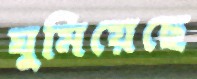
ঘুমিয়েছে